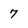
Character: 7